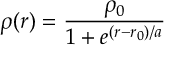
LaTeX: \rho ( r ) = \frac { \rho _ { 0 } } { 1 + e ^ { ( r - r _ { 0 } ) / a } }